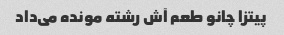
پیتزا چانو طعم آش رشته مونده می‌داد